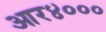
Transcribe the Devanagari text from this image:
आर४०००